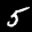
Label: 5